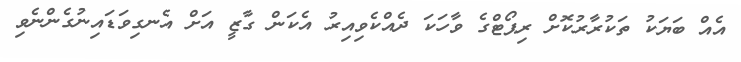
އެއް ބަޔަކު ތަކުރާރުކޮށް ރިޕޯޓްގެ ވާހަކަ ދެއްކެވިއިރު އެކަން ގާޒީ އަށް އެނގިވަޑައިނުގެންނެވި